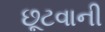
છૂટવાની